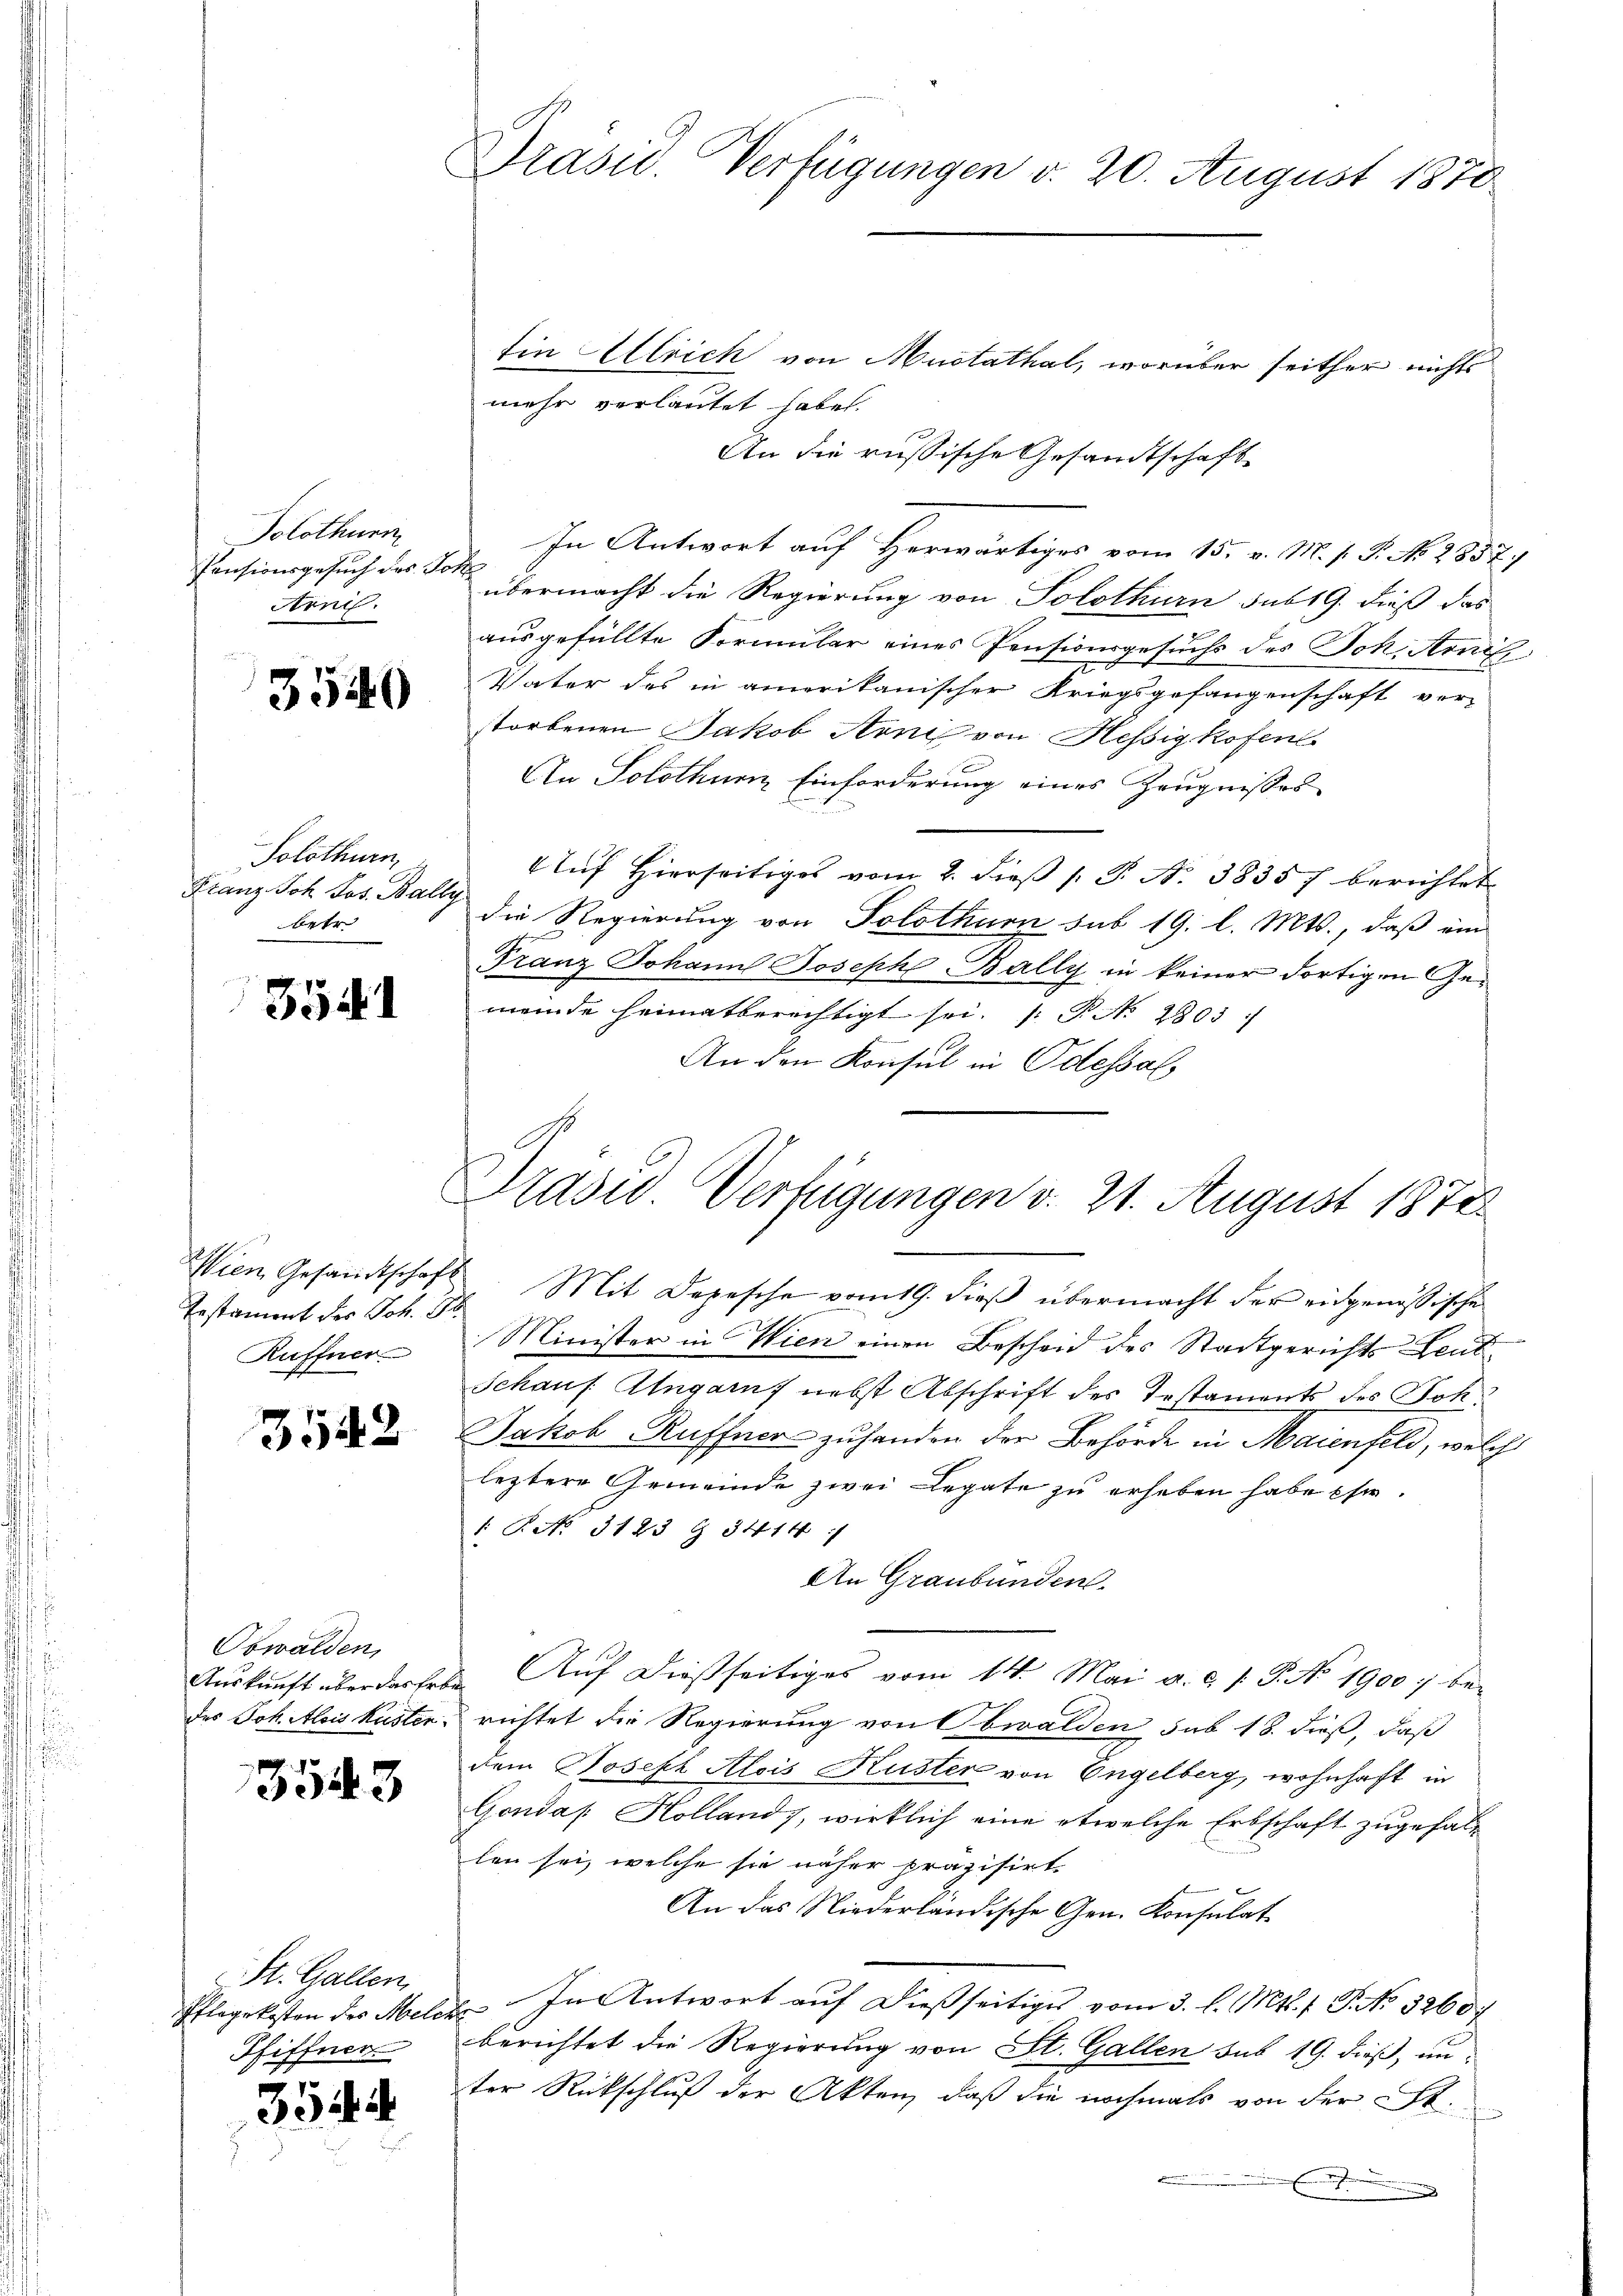
Solothurn
Pensionsgesuch des Joh
Arn.

3540

Solothurn,
Franz Joh. Jos. Bally
betr.

3541

Testament des Joh. 26.
Ruffner

3542

Obwalden,
des Joh. Alois Kusten.

3543

St. Gallen,
Pflegekosten des Melch
Pfiffner

354.

Präsid. Verfügungen d. 20. August 1870

tin Ellrich von Mustathal, worüber seither nichts
An die russische Gesandtschaft
In Antwort auf Herwärtiges vom 15. v. M. s. S. No. 2857/
übermacht die Regierung von Solothurn sub 19. dieß das
ausgefüllte Formular eines Pensionsgesuchs des Joh. Arnif
Vater des in amerikanischer Kriegsgefangenschaft ver-
storbenen Jakob Arni von Hessig kofen

An Solothurn Einforderung eines Zeugnisses
Auf hierseitiges vom 2. dieβ s. S. N. 3835/ berichtet
die Regierung von Solothurn sub 19. l. Mts., daß ein
Franz Johann Joseph Bally in keiner dortigen Gemeinde heimatberechtigt sei. P. Nr. 2803
An den Konsul in Odessal

mehr verlautet habe.

Prasid Verfügungen d. 21. August 1872
Wien Gesandtschaft. Mit Depesche vom 19. dieß übermacht der eidgenössische

Minister in Wien einen Bescheid des Stadtgerichts Leut
Schauf. Angarn nebst Abschrift des Testaments des Joh.
Jakob Ruffner zuhanden der Behörde in Maienfeld, welch
leztere Gemeinde zwei Legate zu erheben habe ihr
1.P. No. 3123 § 3414:
An Graubünden.
Aŭskŭnft überdar hebe Aŭf dießseitiges vom 14. Mai a. d. 1. P. No 1900 be-
richtet die Regierung von Obwalden sub 18. dieß, daß
dem Joseph Alois Kuster von Engelberg, wohnhaft in
Gonda /: Kolland, wirklich eine etwelche Erbschaft zugefallen sei, welche sie näher präzisirt.
An das Niederländische Gen. Konsulat
" In Antwort auf dießseitiges vom 3. l. Mts. f. P. No 3260.
¬
berichtet die Regierung von St. Gallen sub 19. dieß, unter Rückschluß der Akten, daß die nochmals von der St.
Ein nicht